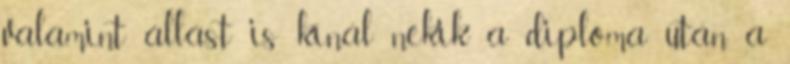
valamint állást is kínál nekik a diploma után a